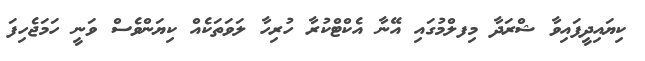
ކިޔައިދީފައިވާ ޝްރަދާ މިފލްމުގައި އޭނާ އެކްޓްކުރާ ހުރިހާ ލަވަތަކެއް ކިޔަންވެސް ވަނީ ހަމަޖެހިފަ